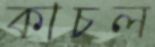
কাচল